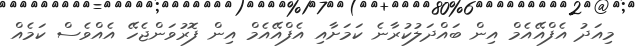
މިއަދު އެފްއޭއެމް އިން ބައްދަލުކުރާނެ ކަމަށާއި އެފްއޭއެމް އިން ފޮރުވަންޖެހޭ އެއްވެސް ކަމެއް